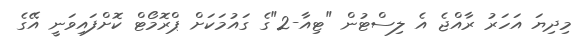
މިދިޔަ އަހަރު ރާއްޖެ އެ ލިސްޓުން "ޓިއާ-2"ގެ ގައުމަކަށް ޕްރޮމޯޓް ކޮށްފައިވަނީ އޭގެ